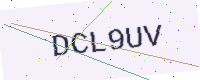
Text: DCL9UV